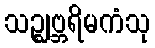
သဉ္ဈဗ္ဘရိမကံသု